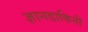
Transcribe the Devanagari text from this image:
ज्ञानडाकिनी